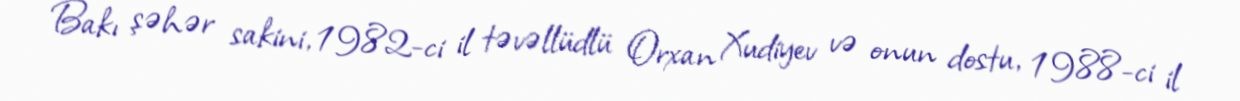
Bakı şəhər sakini, 1982-ci il təvəllüdlü Orxan Xudiyev və onun dostu, 1988-ci il